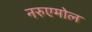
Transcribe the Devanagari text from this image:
नरुएमोल